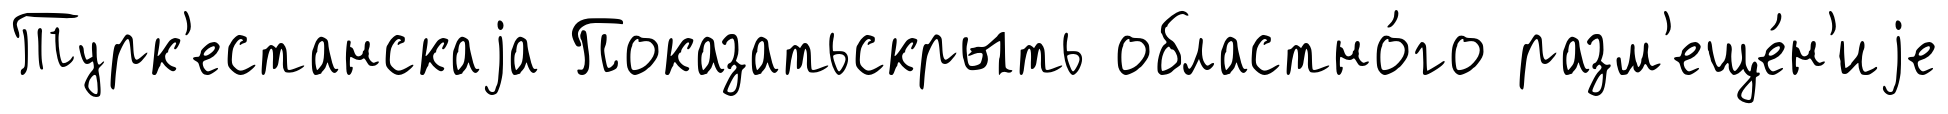
Турк'естанскаjа Показатьскрыть областно́го разм'еще́н'иjе